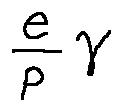
\frac { e } { p } \gamma